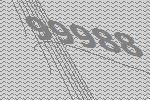
99988